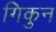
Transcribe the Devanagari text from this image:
गिकुन